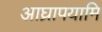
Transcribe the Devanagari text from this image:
आघ्रापयामि